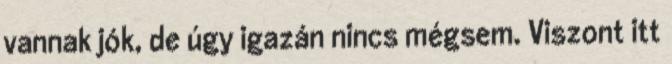
vannak jók, de úgy igazán nincs mégsem. Viszont itt